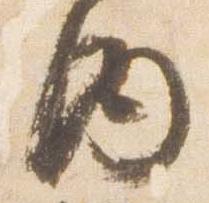
内